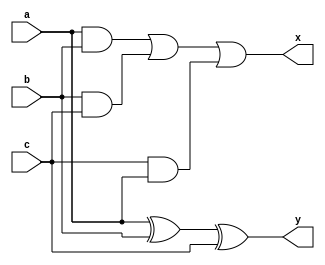
module full_da(a, b, c, y, x);
	input a, b, c;
	output y, x;
	assign y = a ^ b ^ c; 
	assign x = (a & b)||(b&c)||(c&a); 
endmodule